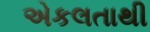
એકલતાથી